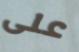
على